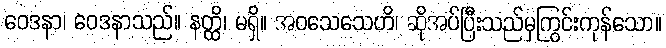
ဝေဒနာ၊ ဝေဒနာသည်။ နတ္ထိ၊ မရှိ။ အဝသေသေဟိ၊ ဆိုအပ်ပြီးသည်မှကြွင်းကုန်သော။